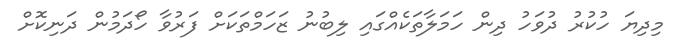
މިދިޔަ ހުކުރު ދުވަހު ދިން ހަމަލާތަކެއްގައި ލިބުނު ޒަހަމްތަކަށް ފަރުވާ ހޯދަމުން ދަނިކޮށް